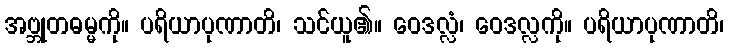
အဗ္ဘုတဓမ္မကို။ ပရိယာပုဏာတိ၊ သင်ယူ၏။ ဝေဒလ္လံ၊ ဝေဒလ္လကို။ ပရိယာပုဏာတိ၊